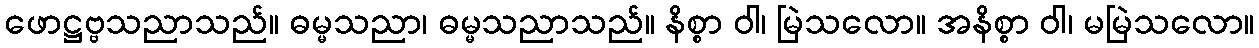
ဖောဋ္ဌဗ္ဗသညာသည်။ ဓမ္မသညာ၊ ဓမ္မသညာသည်။ နိစ္စာ ဝါ၊ မြဲသလော။ အနိစ္စာ ဝါ၊ မမြဲသလော။